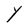
Character: Y